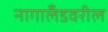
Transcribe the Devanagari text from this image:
नागालँडवरील